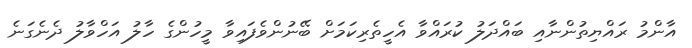
އާންމު ރައްޔިތުންނާއި ބައްދަލު ކުރައްވާ އެހީތެރިކަމަށް ބޭނުންވެފައިވާ މީހުންގެ ހާލު އަހްވާލު ދެނެގަނެ